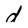
Character: d